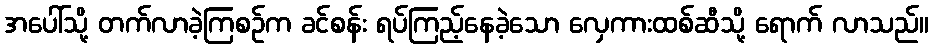
အပေါ်သို့ တက်လာခဲ့ကြစဉ်က ခင်စန်း ရပ်ကြည့်နေခဲ့သော လှေကားထစ်ဆီသို့ ရောက် လာသည်။